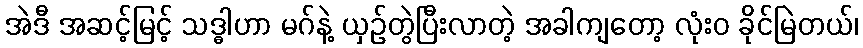
အဲဒီ အဆင့်မြင့် သဒ္ဓါဟာ မဂ်နဲ့ ယှဉ်တွဲပြီးလာတဲ့ အခါကျတော့ လုံးဝ ခိုင်မြဲတယ်၊